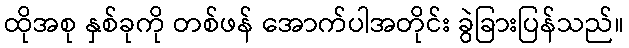
ထိုအစု နှစ်ခုကို တစ်ဖန် အောက်ပါအတိုင်း ခွဲခြားပြန်သည်။